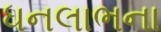
ધનલાભના